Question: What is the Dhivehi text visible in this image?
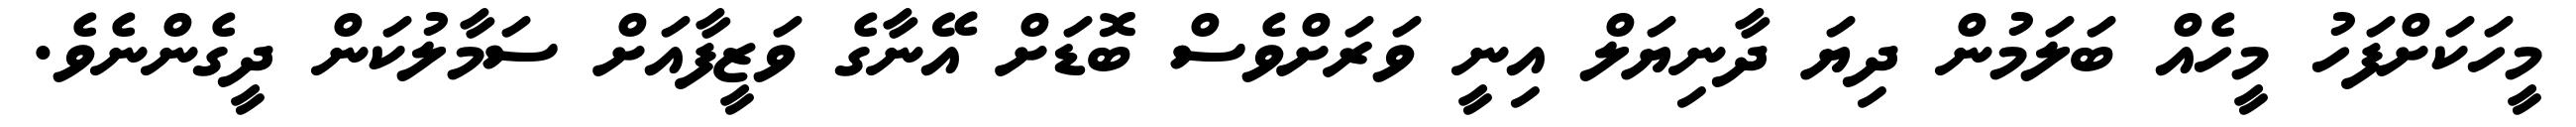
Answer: މީހަކަށްފަހު މީހެއް ބަލަމުން ދިޔަ ދާނިޔަލް އިނީ ވަރަށްވެސް ބޮޑަށް އޭނާގެ ވަޒީފާއަށް ސަމާލުކަން ދީގެންނެވެ.